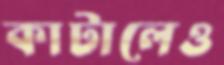
কাটালেও